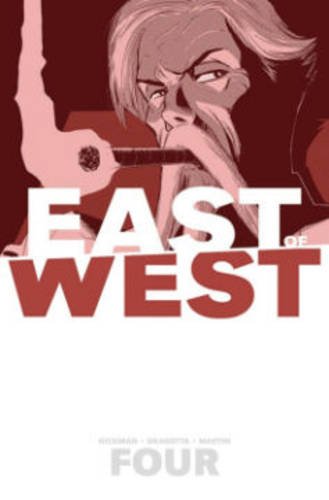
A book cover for East of West Volume 4: Who Wants War? TP (East of West Tp); Jonathan Hickman; Comics & Graphic Novels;